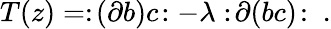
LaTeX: T(z)=:\! (\partial b)c\! :-\lambda:\! \partial(bc)\! :\ .